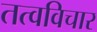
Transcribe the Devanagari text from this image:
तत्वविचार